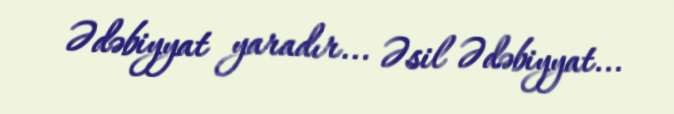
Ədəbiyyat yaradır... Əsil Ədəbiyyat...